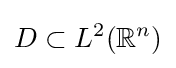
D\subset L^{2}(\mathbb {R} ^{n})